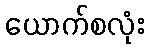
ယောက်စလုံး